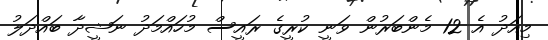
މިއަދު އެ 12 މެންބަރުން ވަނީ ކުރީގެ ރައީސް މުހައްމަދު ނަޝީދާ ބައްދަލު